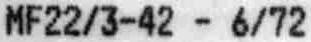
MF22/3-42 - 6/72